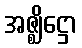
အဇ္ဈိဋ္ဌော